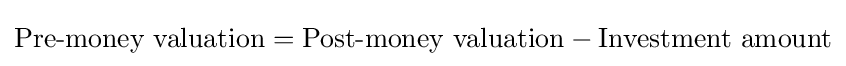
{\text{Pre-money valuation}}={\text{Post-money valuation}}-{\text{Investment amount}}